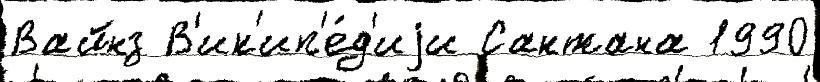
Вайнз В'ик'ип'е́д'иjи Сантана 1990